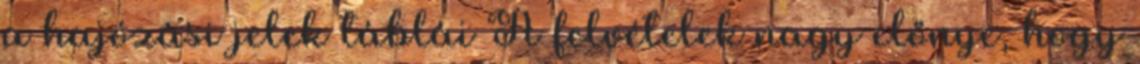
a hajózási jelek táblái A felvételek nagy előnye, hogy